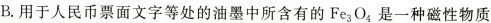
B.用于人民币票面文字等处的油墨中所含有的Fe_{3}O_{4}是一种磁性物质